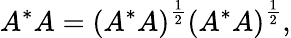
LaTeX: A^{*}A=\left(A^{*}A\right)^{\frac{1}{2}}\left(A^{*}A\right)^{\frac{1}{2}},